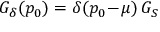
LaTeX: G _ { \delta } ( p _ { 0 } ) = \delta ( p _ { 0 } \! - \! \mu ) \, G _ { S }